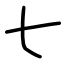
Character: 七